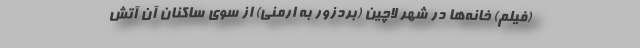
(فیلم) خانه‌ها در شهر لاچین (بردزور به ارمنی) از سوی ساکنان آن آتش